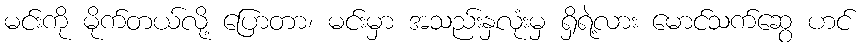
မင်းကို မိုက်တယ်လို့ ပြောတာ၊ မင်းမှာ အသည်းနှလုံးမှ ရှိရဲ့လား မောင်သက်ဆွေ ဟင်